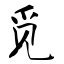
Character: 觅